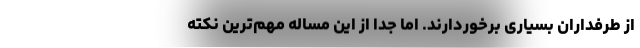
از طرفداران بسیاری برخوردارند. اما جدا از این مساله مهم‌ترین نکته